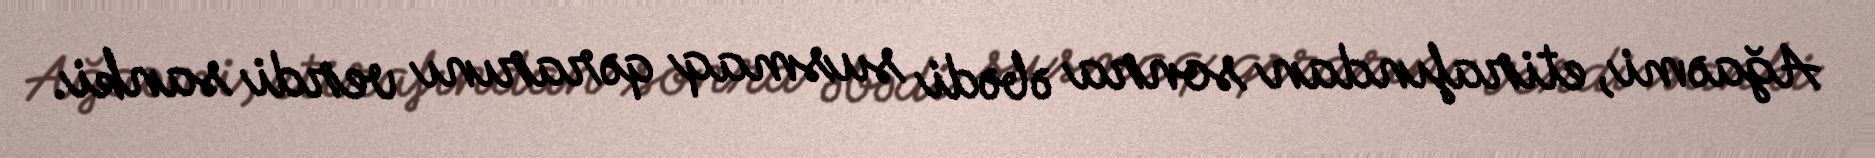
Ağaəmi, etirafından sonra əbədi susmaq qərarını verdi sanki.